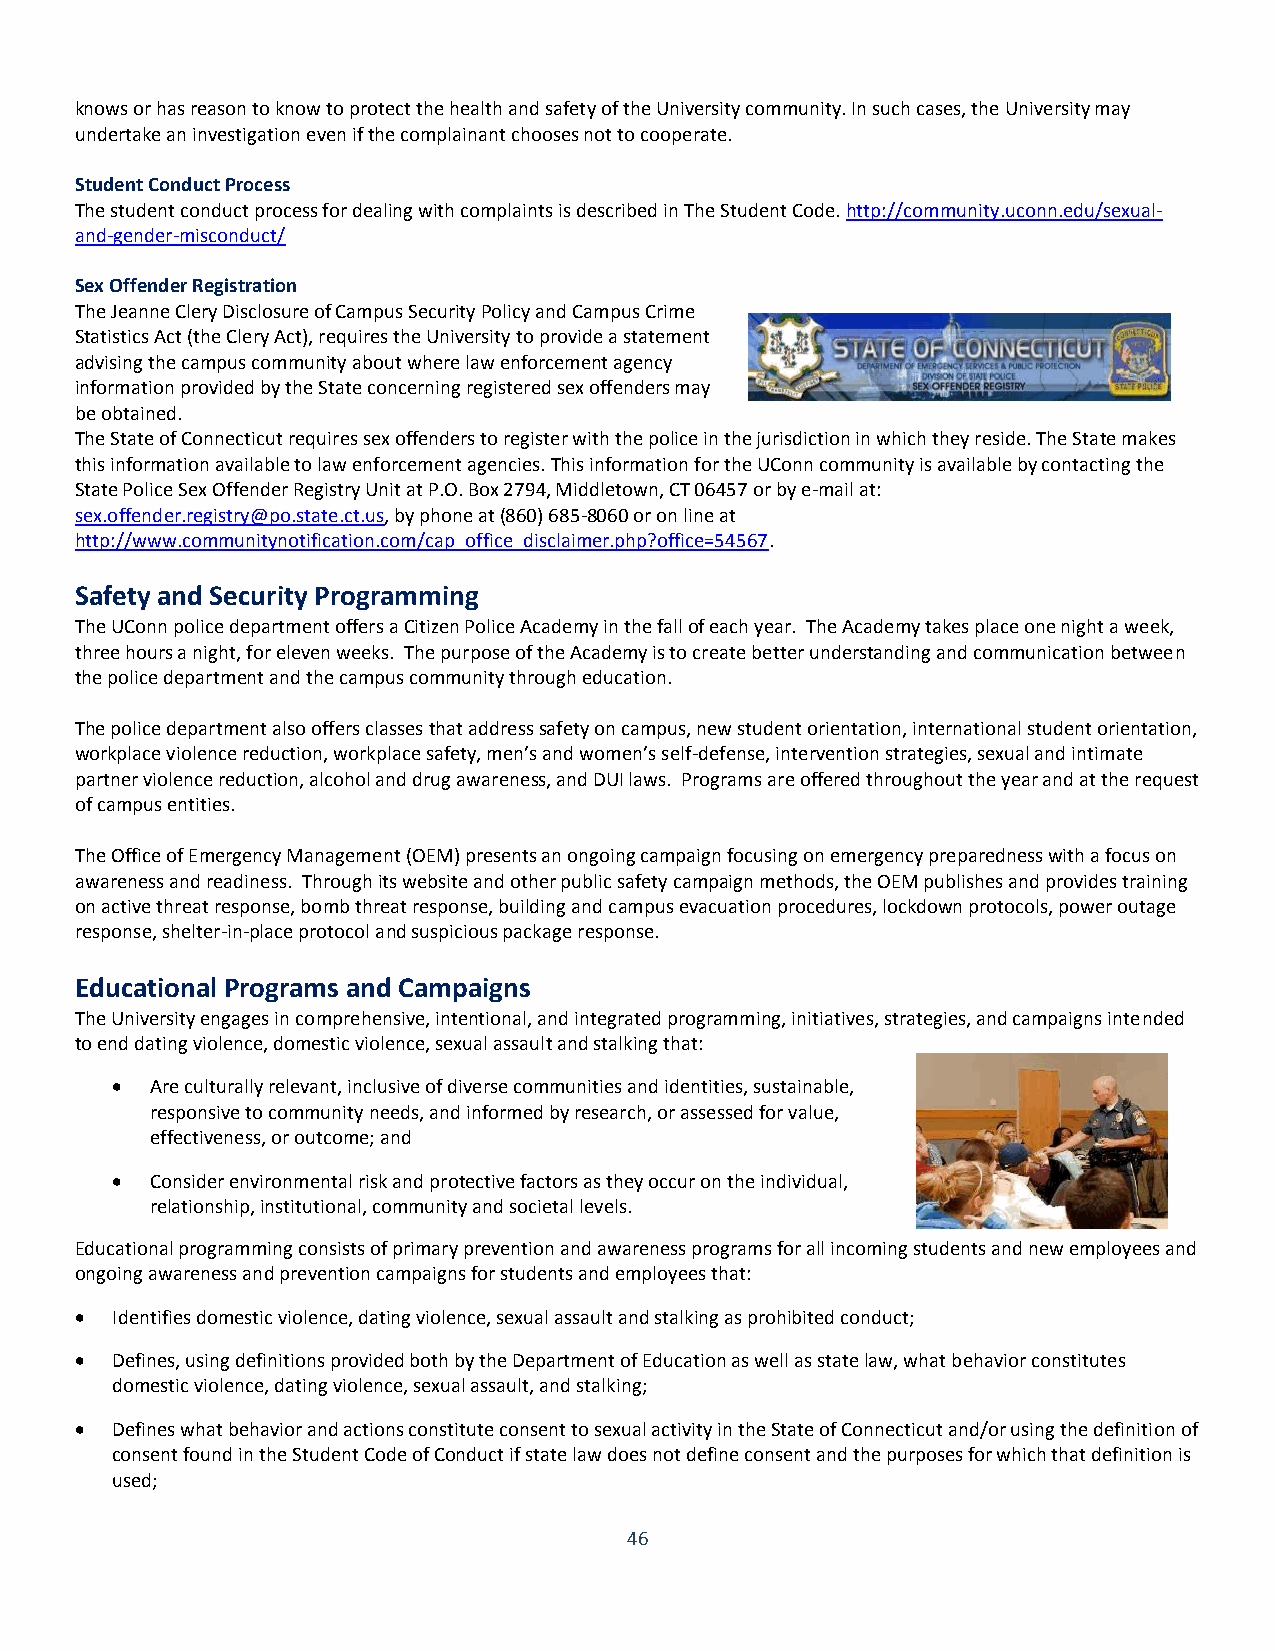
knows or has reason to know to protect the health and safety of the University community. In such cases, the University may
 undertake an investigation even if the complainant chooses not to cooperate.
 Student Conduct Process
 The student conduct process for dealing with complaints is described in The Student Code. http://community.uconn.edu/sexual-
 and-gender-misconduct/
 Sex Offender Registration
 The Jeanne Clery Disclosure of Campus Security Policy and Campus Crime
 Statistics Act (the Clery Act), requires the University to provide a statement
 advising the campus community about where law enforcement agency
 information provided by the State concerning registered sex offenders may
 be obtained.
 The State of Connecticut requires sex offenders to register with the police in the jurisdiction in which they reside. The State makes
 this information available to law enforcement agencies. This information for the UConn community is available by contacting the
 State Police Sex Offender Registry Unit at P.O. Box 2794, Middletown, CT 06457 or by e-mail at:
 sex.offender.registry@po.state.ct.us, by phone at (860) 685-8060 or on line at
 http://www.communitynotification.com/cap_office_disclaimer.php?office=54567.
 Safety and Security Programming
 The UConn police department offers a Citizen Police Academy in the fall of each year. The Academy takes place one night a week,
 three hours a night, for eleven weeks. The purpose of the Academy is to create better understanding and communication between
 the police department and the campus community through education.
 The police department also offers classes that address safety on campus, new student orientation, international student orientation,
 workplace violence reduction, workplace safety, men’s and women’s self-defense, intervention strategies, sexual and intimate
 partner violence reduction, alcohol and drug awareness, and DUI laws. Programs are offered throughout the year and at the request
 of campus entities.
 The Office of Emergency Management (OEM) presents an ongoing campaign focusing on emergency preparedness with a focus on
 awareness and readiness. Through its website and other public safety campaign methods, the OEM publishes and provides training
 on active threat response, bomb threat response, building and campus evacuation procedures, lockdown protocols, power outage
 response, shelter-in-place protocol and suspicious package response.
 Educational Programs and Campaigns
 The University engages in comprehensive, intentional, and integrated programming, initiatives, strategies, and campaigns intended
 to end dating violence, domestic violence, sexual assault and stalking that:
   Are culturally relevant, inclusive of diverse communities and identities, sustainable,
 responsive to community needs, and informed by research, or assessed for value,
 effectiveness, or outcome; and
   Consider environmental risk and protective factors as they occur on the individual,
 relationship, institutional, community and societal levels.
 Educational programming consists of primary prevention and awareness programs for all incoming students and new employees and
 ongoing awareness and prevention campaigns for students and employees that:
  Identifies domestic violence, dating violence, sexual assault and stalking as prohibited conduct;
  Defines, using definitions provided both by the Department of Education as well as state law, what behavior constitutes
 domestic violence, dating violence, sexual assault, and stalking;
  Defines what behavior and actions constitute consent to sexual activity in the State of Connecticut and/or using the definition of
 consent found in the Student Code of Conduct if state law does not define consent and the purposes for which that definition is
 used;
 46